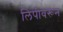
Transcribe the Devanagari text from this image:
लिपीवरून